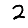
Digit: 2